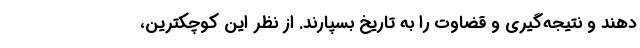
دهند و نتیجه‌گیری و قضاوت را به تاریخ بسپارند. از نظر این کوچکترین،